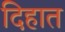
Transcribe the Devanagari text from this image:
दिहात